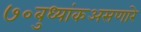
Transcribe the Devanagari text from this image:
७०बुध्यांकअसणारे